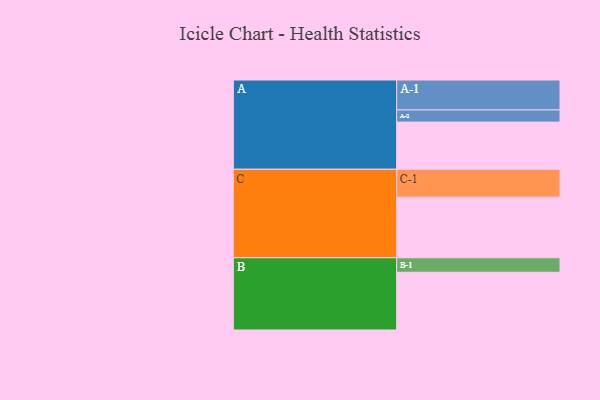
{"axis": {"x": "Segment", "y": "Value"}, "legend": ["", "A", "B", "C"], "data": [{"x": "A", "y": 432, "type": ""}, {"x": "B", "y": 529, "type": ""}, {"x": "C", "y": 555, "type": ""}, {"x": "A-1", "y": 274, "type": "A"}, {"x": "A-2", "y": 112, "type": "A"}, {"x": "B-1", "y": 133, "type": "B"}, {"x": "C-1", "y": 256, "type": "C"}]}